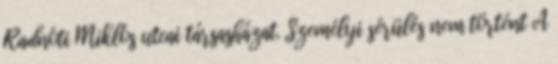
Radnóti Miklós utcai társasházat. Személyi sérülés nem történt A